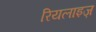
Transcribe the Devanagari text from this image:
रियलाइज़